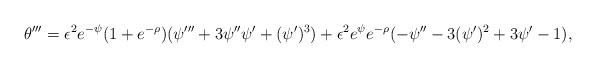
LaTeX: \begin{align*} \theta''' = \epsilon^2 e^{-\psi}(1 + e^{-\rho}) (\psi''' + 3 \psi''\psi' + (\psi')^3) + \epsilon^2 e^\psi e^{-\rho}( - \psi'' - 3(\psi')^2 + 3 \psi' -1),\end{align*}